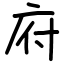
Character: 府